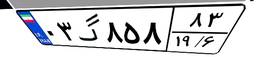
۱۱گ۲۹۰۵۲